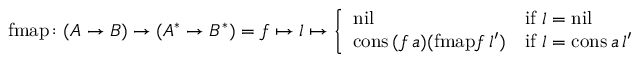
{ \mathrm { f m a p } } \colon ( A \to B ) \to ( A ^ { * } \to B ^ { * } ) = f \mapsto l \mapsto { \left\{ \begin{array} { l l } { { \mathrm { n i l } } } & { { \mathrm { i f } } \ l = { \mathrm { n i l } } } \\ { { \mathrm { c o n s } } \, ( f \, a ) ( { \mathrm { f m a p } } f \, l ^ { \prime } ) } & { { \mathrm { i f } } \ l = { \mathrm { c o n s } } \, a \, l ^ { \prime } } \end{array} \right. }